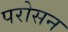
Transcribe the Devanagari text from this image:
परोसन